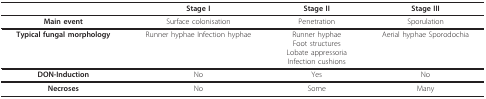
<table><thead><tr><td></td><td><b>Stage I</b></td><td><b>Stage II</b></td><td><b>Stage III</b></td></tr></thead><tbody><tr><td><b>Main event</b></td><td>Surface colonisation</td><td>Penetration</td><td>Sporulation</td></tr><tr><td><b>Typical fungal morphology</b></td><td>Runner hyphae Infection hyphae</td><td>Runner hyphaeFoot structuresLobate appressoriaInfection cushions</td><td>Aerial hyphae Sporodochia</td></tr><tr><td><b>DON-Induction</b></td><td>No</td><td>Yes</td><td>No</td></tr><tr><td><b>Necroses</b></td><td>No</td><td>Some</td><td>Many</td></tr></tbody></table>